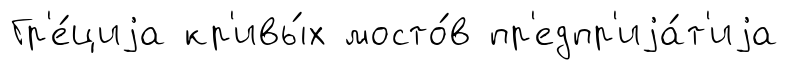
Гр'е́циjа кр'ивы́х мосто́в пр'едпр'иjа́т'иjа